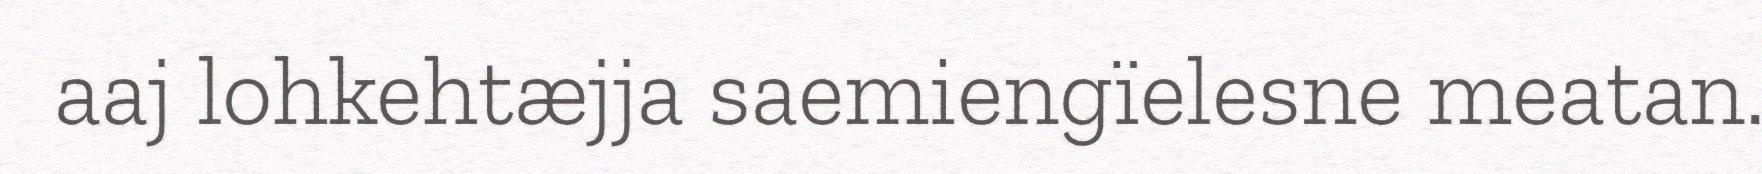
aaj lohkehtæjja saemiengïelesne meatan.